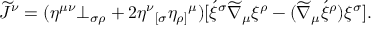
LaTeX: \widetilde { \cal J } ^ { \nu } = ( \eta ^ { \mu \nu } \bot _ { \sigma \rho } + 2 \eta ^ { \nu } { _ { [ \sigma } } \eta _ { \rho ] } { ^ { \mu } } ) [ \acute { \xi } ^ { \sigma } \widetilde { \nabla } _ { \mu } \xi ^ { \rho } - ( \widetilde { \nabla } _ { \mu } \acute { \xi } ^ { \rho } ) \xi ^ { \sigma } ] .